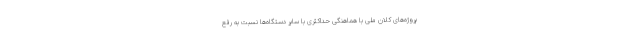
پروژه‌های کلان ملی با هماهنگی حداکثری با سایر دستگاه‌ها نسبت به رفع